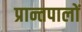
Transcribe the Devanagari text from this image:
प्रान्तपालों